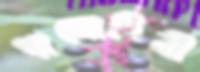
পানোহিনী